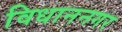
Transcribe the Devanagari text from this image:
विधाननगर